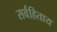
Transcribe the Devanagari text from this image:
सर्वहिताय